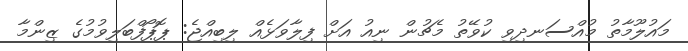
މައުލޫމާތު މުއްސަނދިވި ކުވޭތު މެޗުން ނިއު އަށް ފިލާވަޅެއް ލިބިއްޖެ: ޕޮޕޯފްބަލިވުމުގެ ޒިންމާ